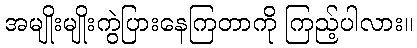
အမျိုးမျိုးကွဲပြားနေကြတာကို ကြည့်ပါလား။